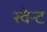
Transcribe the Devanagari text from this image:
स्वेन्ट